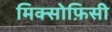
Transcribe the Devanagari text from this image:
मिक्सोफ़िसी